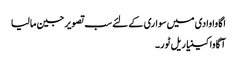
اگاوا وادی میں سواری کے لئے سب تصویر جین مالیا
آگاوا کینیا ریل ٹور۔